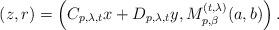
LaTeX: \begin{align*} (z,r) = \left( C_{p,\lambda,t}x + D_{p,\lambda,t}y, M_{p,\beta}^{(t,\lambda)}(a,b) \right). \end{align*}